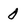
Character: 0